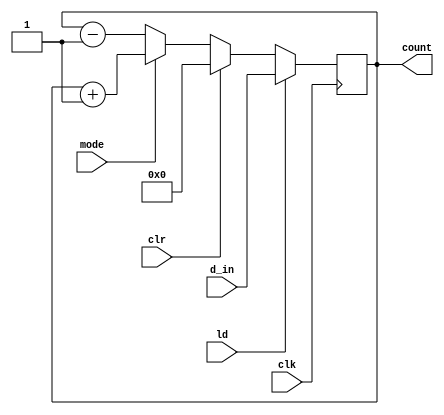
//up-down counter(synchronous clear)

module counter (mode, clr, ld, d_in, clk, count);

    input mode, clr, ld, clk;
    input [0:7] d_in;
    output reg [0:7] count;
 
    always @ (posedge clk)
      if (ld)        count <= d_in;
      else if (clr)  count <= 0;
      else if (mode) count <= count + 1;
      else           count <= count - 1;
endmodule